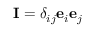
\mathbf { I } = \delta _ { i j } \mathbf { e } _ { i } \mathbf { e } _ { j }